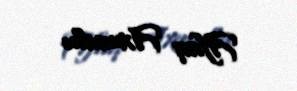
Afaq Axundlu